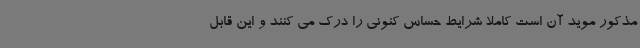
مذکور موید آن است کاملا شرایط حساس کنونی را درک می کنند و این قابل